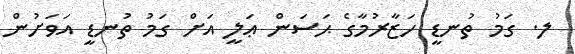
ލ. ގަމު ތުނޑީ ހަޒާރުމާގެ ޙަސަން ޢަލީ އަށް ގަމު ތުނޑީ އަވަށުން